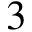
3